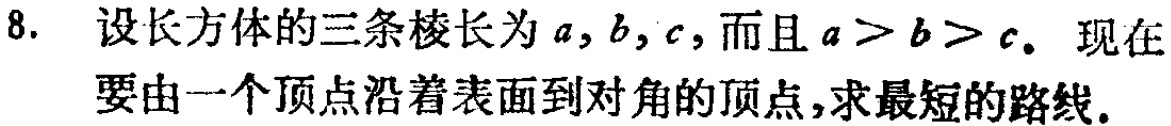
8. 设长方体的三条棱长为\(a,b,c\)，而且\(a > b > c\)。现在要由一个顶点沿着表面到对角的顶点，求最短的路线。